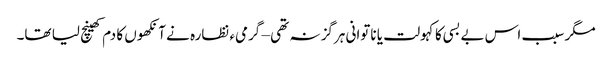
مگر سبب اس بے بسی کا کہولت یا ناتوانی ہرگز نہ تھی – گرمیء نظارہ نے آنکھوں کا دم کھینچ لیا تھا۔